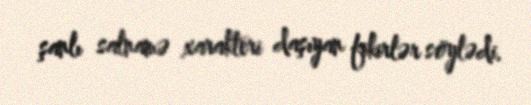
şanlı salnamə xarakteri daşıyan fikirlər söylədi.